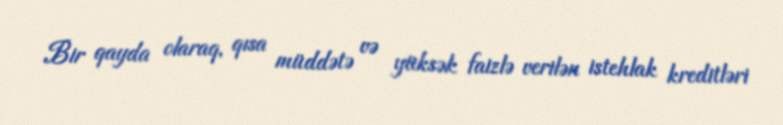
Bir qayda olaraq, qısa müddətə və yüksək faizlə verilən istehlak kreditləri